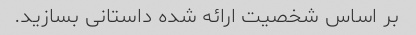
بر اساس شخصیت ارائه شده داستانی بسازید.